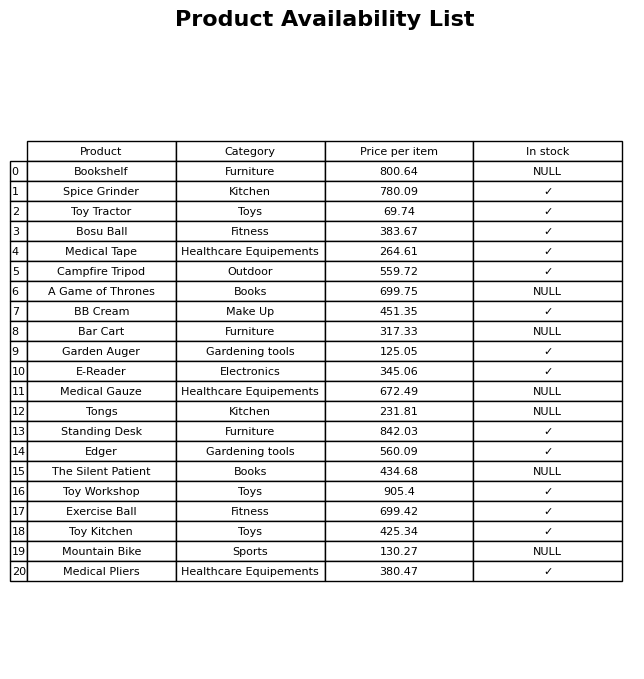
question: What is the price for Medical Tape?
answer: The price of Medical Tape is 264.61.